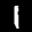
Label: 1